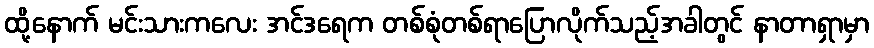
ထို့နောက် မင်းသားကလေး အင်ဒရေက တစ်စုံတစ်ရာပြောလိုက်သည့်အခါတွင် နာတာရှာမှာ